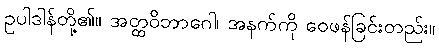
ဥပါဒါန်တို့၏။ အတ္ထဝိဘာဂေါ၊ အနက်ကို ဝေဖန်ခြင်းတည်း။